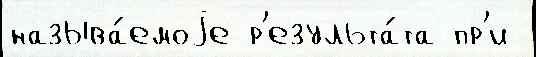
называ́емоjе р'езульта́та пр'и